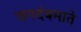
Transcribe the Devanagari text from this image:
जगदंबमाते